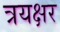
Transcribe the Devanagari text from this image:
त्रयक्षर